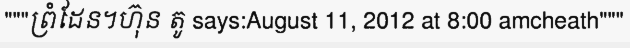
"""ព្រំដែន។ហ៊ុន តូ says:August 11, 2012 at 8:00 amcheath"""